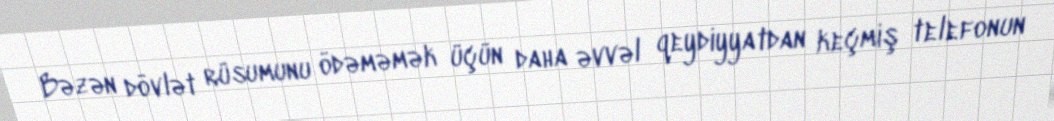
Bəzən dövlət rüsumunu ödəməmək üçün daha əvvəl qeydiyyatdan keçmiş telefonun